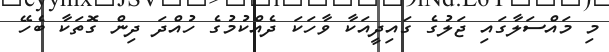
މި މައްސަލާގައި ޖަލުގެ ގައިދީއަކާ ވާހަކަ ދެެއްކުމުގެ ހުއްދަ ދިން ގޮތަކާ ބެހޭ